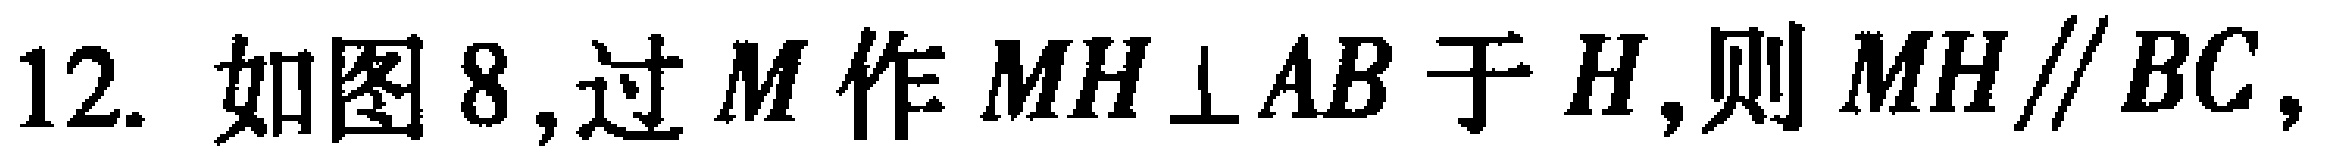
12. 如图8,过\(M\)作\(MH\perp AB\)于\(H\),则\(MH\parallel BC\),